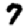
Digit: 7